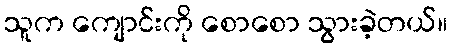
သူက ကျောင်းကို စောစော သွားခဲ့တယ်။